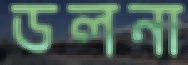
ডলনা